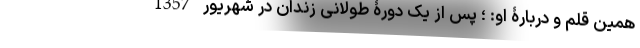
همین قلم و دربارۀ او: ؛ پس از یک دورۀ طولانی زندان در شهریور 1357